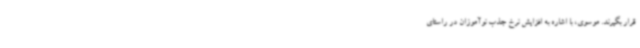
قرار بگیرند. موسوی، با اشاره به افزایش نرخ جذب نوآموزان در راستای